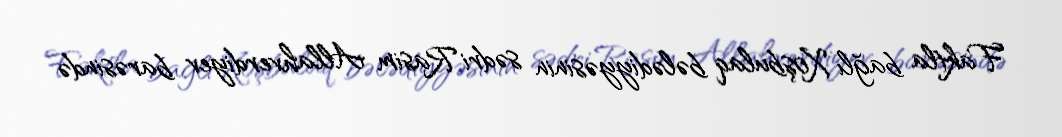
Faktla bağlı Xoşbulaq bələdiyyəsinin sədri Rasim Allahverdiyev barəsində